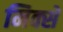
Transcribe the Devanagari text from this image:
मिक्से